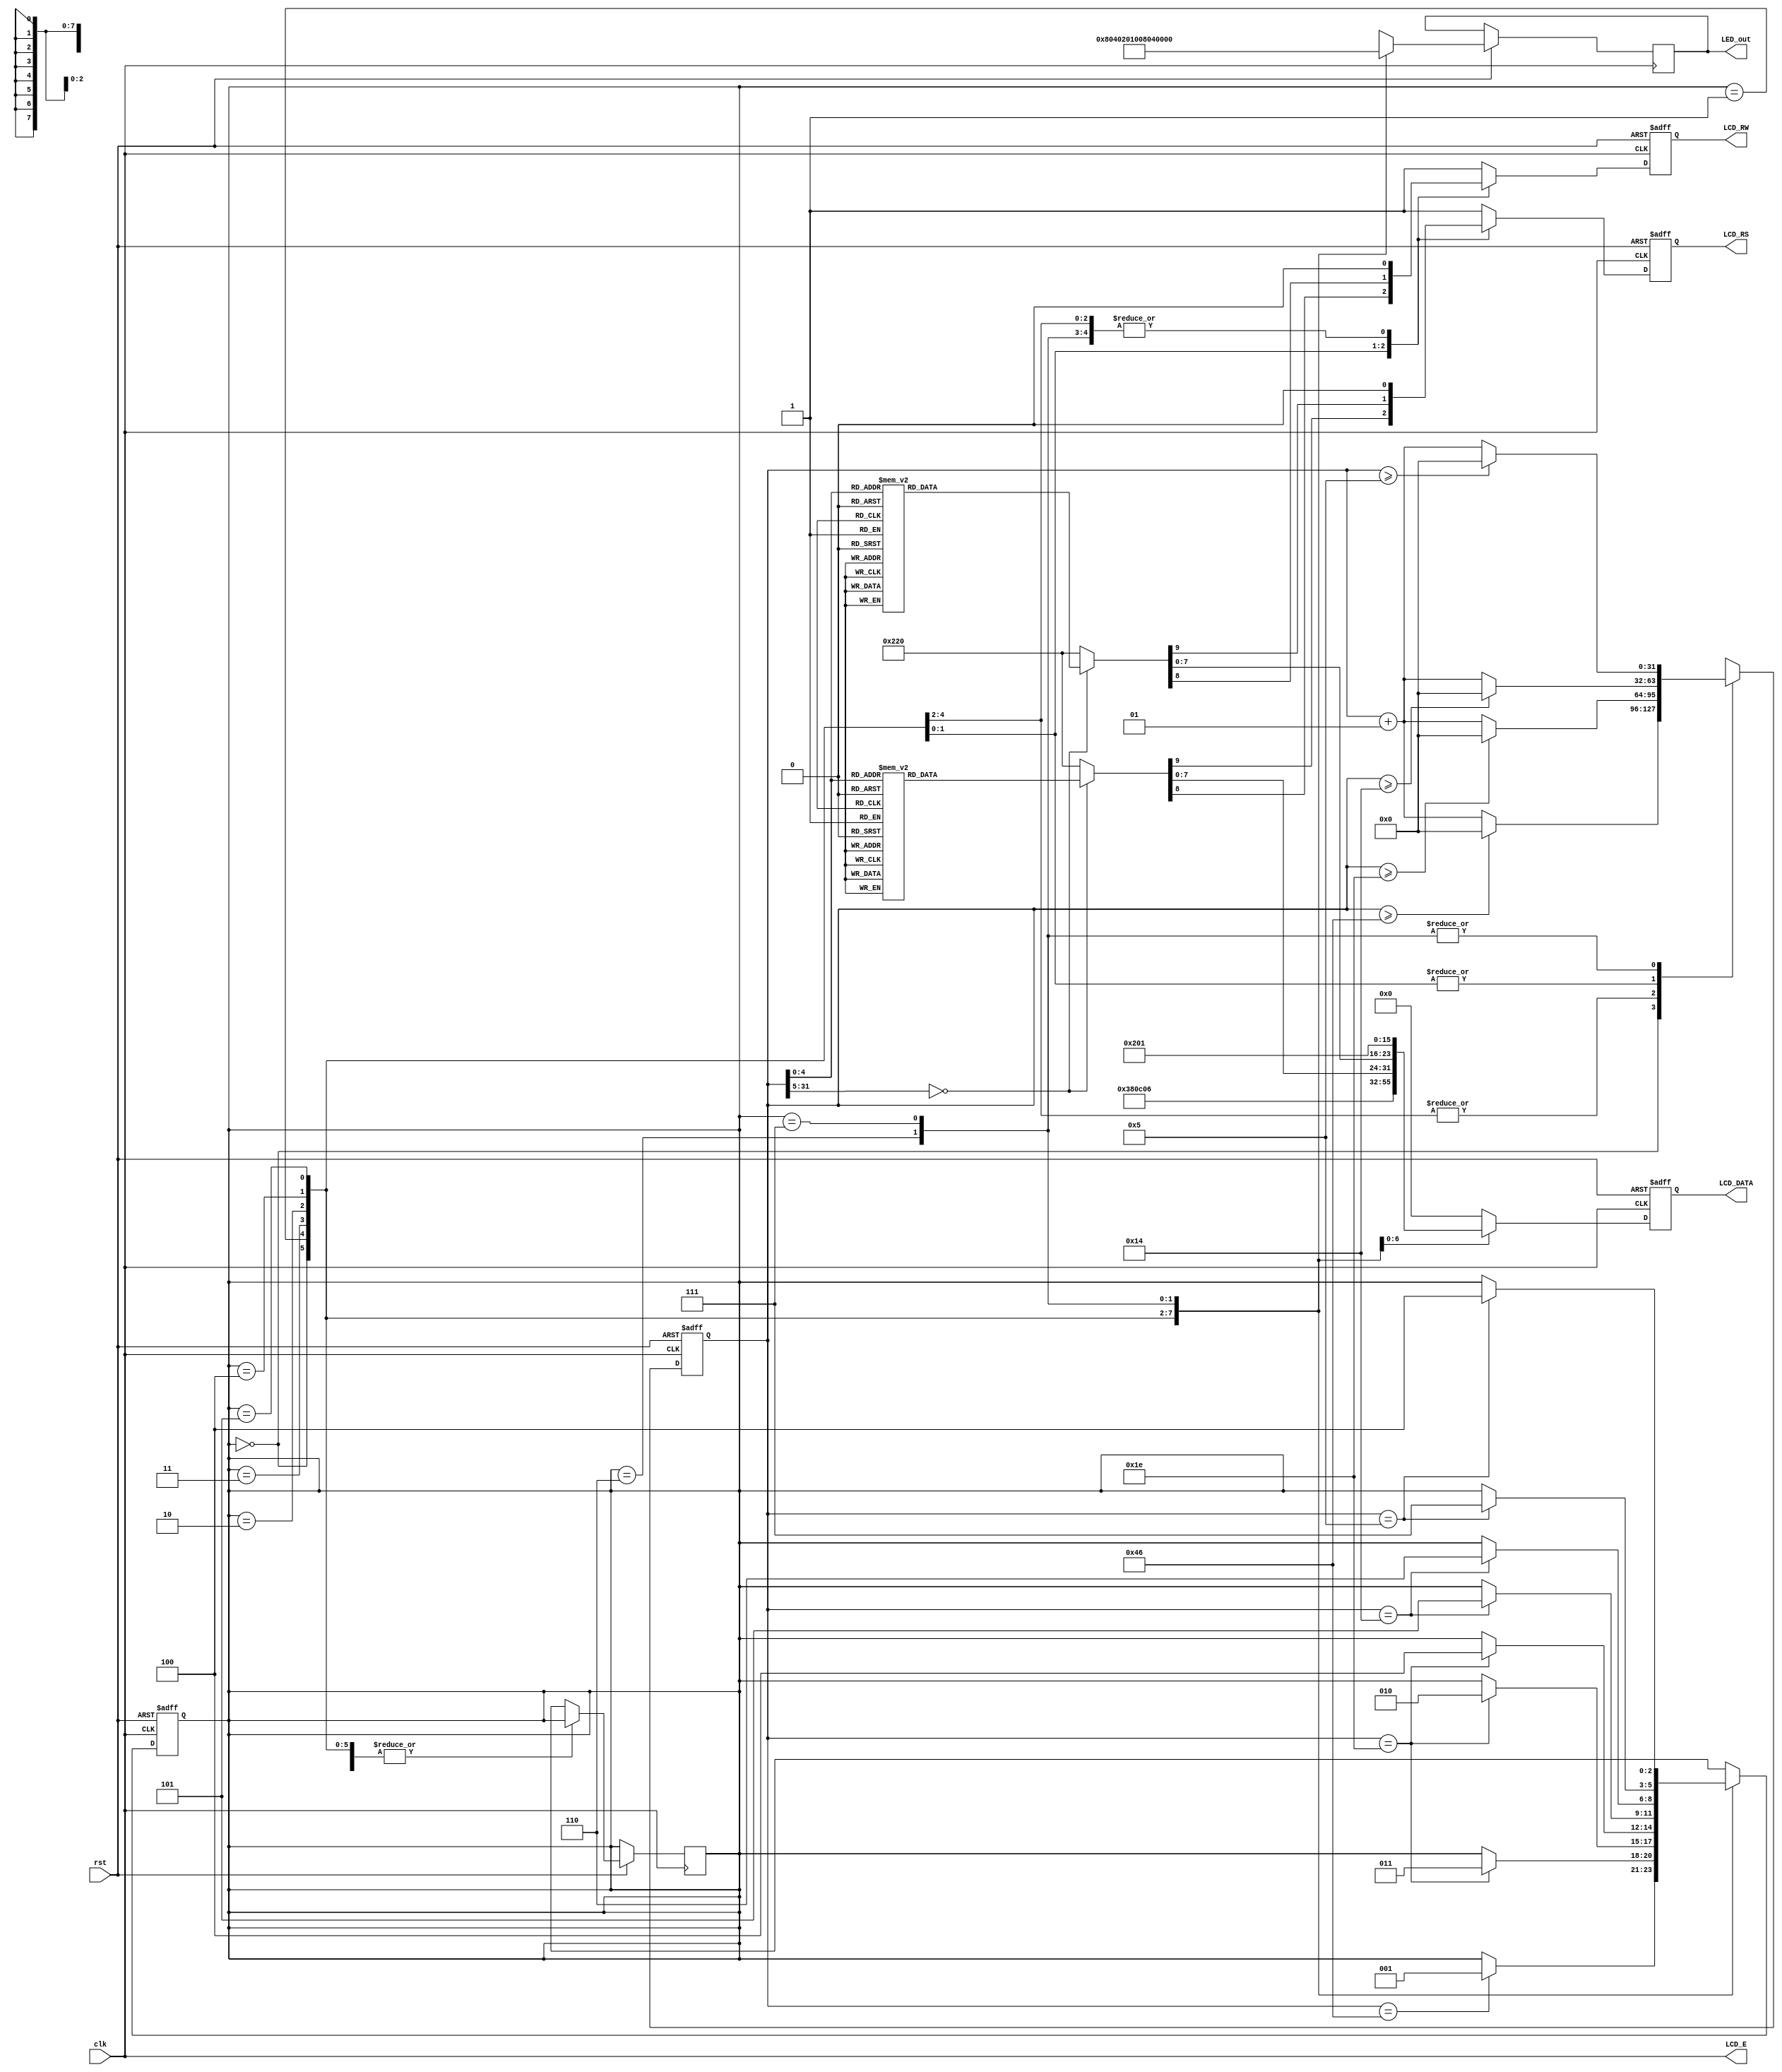
`timescale 1ns / 1ps
module text_lcd(rst, clk, LCD_E, LCD_RS, LCD_RW, LCD_DATA, LED_out);

input rst, clk;
output LCD_E, LCD_RS, LCD_RW;
output reg [7:0] LCD_DATA;
output reg [7:0] LED_out;
wire LCD_E;
reg LCD_RS, LCD_RW;

reg [2:0] state;
parameter DELAY = 3'b000,
          FUNCTION_SET = 3'b001,
          ENTRY_MODE = 3'b010,
          DISP_ONOFF = 3'b011,
          LINE1 = 3'b100,
          LINE2 = 3'b101,
          DELAY_T = 3'b110,
          CLEAR_DISP = 3'b111;
          
integer cnt;

always @(posedge clk or negedge rst)
begin
   if(!rst) state = DELAY;
   else begin
      case(state)
        DELAY : begin
            LED_out = 8'b1000_0000;
            if(cnt == 70) state = FUNCTION_SET;
        end
        FUNCTION_SET : begin
            LED_out = 8'b0100_0000;
            if(cnt == 30) state = DISP_ONOFF;
        end
        DISP_ONOFF : begin
        LED_out = 8'b0010_0000;
        if(cnt == 30) state = ENTRY_MODE;
        end
        ENTRY_MODE : begin
        LED_out = 8'b0001_0000;
        if(cnt == 30) state = LINE1;
        end
        LINE1 : begin
        LED_out = 8'b0000_1000;
        if(cnt == 20) state = LINE2;
        end
        LINE2 : begin
        LED_out = 8'b0000_0100;
        if(cnt == 20) state = DELAY_T;
        end
        DELAY_T : begin
        LED_out = 8'b0000_0010;
        if(cnt == 5) state = CLEAR_DISP;
        end
        CLEAR_DISP : begin
        LED_out = 8'b0000_0001;
        if(cnt == 5) state = LINE1;
        end
        default : state = DELAY;
        endcase
   end
end

always @(posedge clk or negedge rst)
   begin
      if(!rst) cnt = 0;
   else begin
      case(state)
         DELAY :
            if(cnt >= 70) cnt = 0;
            else cnt = cnt + 1;
         FUNCTION_SET :
            if(cnt >= 30) cnt = 0;
            else cnt = cnt + 1;
         DISP_ONOFF :
            if(cnt >= 30) cnt = 0;
            else cnt = cnt + 1;
         ENTRY_MODE :
            if(cnt >= 30) cnt = 0;
            else cnt = cnt + 1;
         LINE1 :
            if(cnt >= 20) cnt = 0;
            else cnt = cnt + 1;
         LINE2 :
            if(cnt >= 20) cnt = 0;
            else cnt = cnt + 1;
         DELAY_T :
            if(cnt >= 5) cnt = 0;
            else cnt = cnt + 1;
         CLEAR_DISP :
            if(cnt >= 5) cnt = 0;
            else cnt = cnt + 1;
         default : state = DELAY;
      endcase
   end
end

always @(posedge clk or negedge rst)
begin
   if(!rst)
      {LCD_RS, LCD_RW, LCD_DATA} = 10'b1_1_00000000;
   else begin
      case(state)
         FUNCTION_SET :
            {LCD_RS, LCD_RW, LCD_DATA} = 10'b0_0_0011_1000;
         DISP_ONOFF :
            {LCD_RS, LCD_RW, LCD_DATA} = 10'b0_0_0000_1100;
         ENTRY_MODE :
            {LCD_RS, LCD_RW, LCD_DATA} = 10'b0_0_0000_0110;
    
LINE1 : 
   begin
      case(cnt)
         00 : {LCD_RS, LCD_RW, LCD_DATA} = 10'b0_0_1000_0000;
         01 : {LCD_RS, LCD_RW, LCD_DATA} = 10'b1_0_0010_0000; //
         02 : {LCD_RS, LCD_RW, LCD_DATA} = 10'b1_0_0100_1000; // H
         03 : {LCD_RS, LCD_RW, LCD_DATA} = 10'b1_0_0100_0101; // E
         04 : {LCD_RS, LCD_RW, LCD_DATA} = 10'b1_0_0100_1100; // L
         05 : {LCD_RS, LCD_RW, LCD_DATA} = 10'b1_0_0100_1100; // L
         06 : {LCD_RS, LCD_RW, LCD_DATA} = 10'b1_0_0100_1111; // O
         07 : {LCD_RS, LCD_RW, LCD_DATA} = 10'b1_0_0010_0000; //
         08 : {LCD_RS, LCD_RW, LCD_DATA} = 10'b1_0_0101_0111; // W
         09 : {LCD_RS, LCD_RW, LCD_DATA} = 10'b1_0_0100_1111; // O
         10 : {LCD_RS, LCD_RW, LCD_DATA} = 10'b1_0_0101_0010; // R
         11 : {LCD_RS, LCD_RW, LCD_DATA} = 10'b1_0_0100_1100; // L
         12 : {LCD_RS, LCD_RW, LCD_DATA} = 10'b1_0_0100_0100; // D
         13 : {LCD_RS, LCD_RW, LCD_DATA} = 10'b1_0_0010_0001; // !
         14 : {LCD_RS, LCD_RW, LCD_DATA} = 10'b1_0_0010_0000; //
         15 : {LCD_RS, LCD_RW, LCD_DATA} = 10'b1_0_0010_0000; //
         16 : {LCD_RS, LCD_RW, LCD_DATA} = 10'b1_0_0010_0000; //
         default : {LCD_RS, LCD_RW, LCD_DATA} = 10'b1_0_0010_0000; //
      endcase
   end
LINE2 : 
   begin
      case(cnt)
         00 : {LCD_RS, LCD_RW, LCD_DATA} = 10'b0_0_1100_0000;
         01 : {LCD_RS, LCD_RW, LCD_DATA} = 10'b1_0_0011_0010; // 2
         02 : {LCD_RS, LCD_RW, LCD_DATA} = 10'b1_0_0011_0000; // 0
         03 : {LCD_RS, LCD_RW, LCD_DATA} = 10'b1_0_0011_0010; // 2
         04 : {LCD_RS, LCD_RW, LCD_DATA} = 10'b1_0_0011_0000; // 0
         05 : {LCD_RS, LCD_RW, LCD_DATA} = 10'b1_0_0011_0100; // 4
         06 : {LCD_RS, LCD_RW, LCD_DATA} = 10'b1_0_0011_0100; // 4
         07 : {LCD_RS, LCD_RW, LCD_DATA} = 10'b1_0_0011_0000; // 0
         08 : {LCD_RS, LCD_RW, LCD_DATA} = 10'b1_0_0011_0001; // 1
         09 : {LCD_RS, LCD_RW, LCD_DATA} = 10'b1_0_0011_0100; // 4
         10 : {LCD_RS, LCD_RW, LCD_DATA} = 10'b1_0_0011_0011; // 3
         11 : {LCD_RS, LCD_RW, LCD_DATA} = 10'b1_0_0010_1100; // 
         12 : {LCD_RS, LCD_RW, LCD_DATA} = 10'b1_0_0100_1110; // N
         13 : {LCD_RS, LCD_RW, LCD_DATA} = 10'b1_0_0100_0101; // E
         14 : {LCD_RS, LCD_RW, LCD_DATA} = 10'b1_0_0100_0011; // C
         15 : {LCD_RS, LCD_RW, LCD_DATA} = 10'b1_0_0010_0000; // 
         16 : {LCD_RS, LCD_RW, LCD_DATA} = 10'b1_0_0010_0000; //
         default : {LCD_RS, LCD_RW, LCD_DATA} = 10'b1_0_0010_0000; //
      endcase
   end
      DELAY_T :
         {LCD_RS, LCD_RW, LCD_DATA} = 10'b0_0_0000_0010;
      CLEAR_DISP :
         {LCD_RS, LCD_RW, LCD_DATA} = 10'b0_0_0000_0001;
      default :
         {LCD_RS, LCD_RW, LCD_DATA} = 10'b1_1_0000_0000;
      endcase
   end
end

assign LCD_E = clk;
endmodule